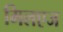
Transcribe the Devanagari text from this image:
मिलएज